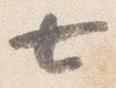
七